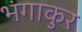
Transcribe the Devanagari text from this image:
भंगाकुर